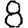
Digit: 8